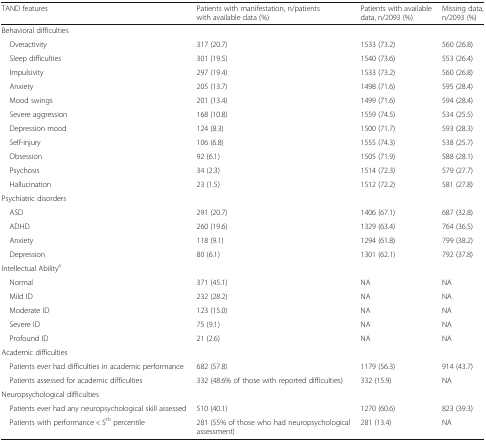
<table><thead><tr><td><b>TAND features</b></td><td><b>Patients with manifestation, n/patients with available data (%)</b></td><td><b>Patients with available data, n/2093 (%)</b></td><td><b>Missing data, n/2093 (%)</b></td></tr></thead><tbody><tr><td colspan="4">Behavioral difficulties</td></tr><tr><td> Overactivity</td><td>317 (20.7)</td><td>1533 (73.2)</td><td>560 (26.8)</td></tr><tr><td> Sleep difficulties</td><td>301 (19.5)</td><td>1540 (73.6)</td><td>553 (26.4)</td></tr><tr><td> Impulsivity</td><td>297 (19.4)</td><td>1533 (73.2)</td><td>560 (26.8)</td></tr><tr><td> Anxiety</td><td>205 (13.7)</td><td>1498 (71.6)</td><td>595 (28.4)</td></tr><tr><td> Mood swings</td><td>201 (13.4)</td><td>1499 (71.6)</td><td>594 (28.4)</td></tr><tr><td> Severe aggression</td><td>168 (10.8)</td><td>1559 (74.5)</td><td>534 (25.5)</td></tr><tr><td> Depression mood</td><td>124 (8.3)</td><td>1500 (71.7)</td><td>593 (28.3)</td></tr><tr><td> Self-injury</td><td>106 (6.8)</td><td>1555 (74.3)</td><td>538 (25.7)</td></tr><tr><td> Obsession</td><td>92 (6.1)</td><td>1505 (71.9)</td><td>588 (28.1)</td></tr><tr><td> Psychosis</td><td>34 (2.3)</td><td>1514 (72.3)</td><td>579 (27.7)</td></tr><tr><td> Hallucination</td><td>23 (1.5)</td><td>1512 (72.2)</td><td>581 (27.8)</td></tr><tr><td colspan="4">Psychiatric disorders</td></tr><tr><td> ASD</td><td>291 (20.7)</td><td>1406 (67.1)</td><td>687 (32.8)</td></tr><tr><td> ADHD</td><td>260 (19.6)</td><td>1329 (63.4)</td><td>764 (36.5)</td></tr><tr><td> Anxiety</td><td>118 (9.1)</td><td>1294 (61.8)</td><td>799 (38.2)</td></tr><tr><td> Depression</td><td>80 (6.1)</td><td>1301 (62.1)</td><td>792 (37.8)</td></tr><tr><td colspan="4">Intellectual Ability<sup>a</sup></td></tr><tr><td> Normal</td><td>371 (45.1)</td><td>NA </td><td>NA</td></tr><tr><td> Mild ID</td><td>232 (28.2)</td><td>NA</td><td>NA</td></tr><tr><td> Moderate ID</td><td>123 (15.0)</td><td>NA</td><td>NA</td></tr><tr><td> Severe ID</td><td>75 (9.1)</td><td>NA</td><td>NA</td></tr><tr><td> Profound ID</td><td>21 (2.6)</td><td>NA</td><td>NA</td></tr><tr><td colspan="4">Academic difficulties</td></tr><tr><td> Patients ever had difficulties in academic performance</td><td>682 (57.8)</td><td>1179 (56.3)</td><td>914 (43.7)</td></tr><tr><td> Patients assessed for academic difficulties</td><td>332 (48.6% of those with reported difficulties)</td><td>332 (15.9)</td><td>NA</td></tr><tr><td colspan="4">Neuropsychological difficulties</td></tr><tr><td> Patients ever had any neuropsychological skill assessed</td><td>510 (40.1)</td><td>1270 (60.6)</td><td>823 (39.3)</td></tr><tr><td> Patients with performance &lt; 5<sup>th</sup> percentile</td><td>281 (55% of those who had neuropsychological assessment)</td><td>281 (13.4)</td><td>NA</td></tr></tbody></table>